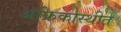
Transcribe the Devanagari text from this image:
अफ्रिकास्थीत